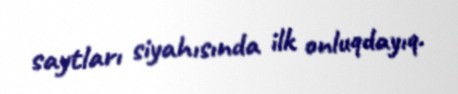
saytları siyahısında ilk onluqdayıq.